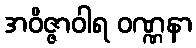
အဝိဇ္ဇာဝါရ ဝဏ္ဏနာ